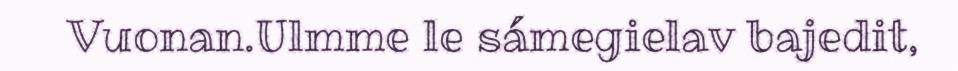
Vuonan.Ulmme le sámegielav bajedit,